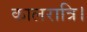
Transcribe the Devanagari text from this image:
कालरात्रि।